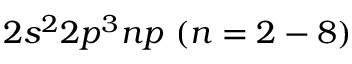
{ 2 s ^ { 2 } 2 p ^ { 3 } n p ~ ( n = 2 - 8 ) }